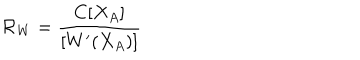
{ \cal R } _ { W } = \frac { C [ X _ { A } ] } { [ W ^ { \prime } ( X _ { A } ) ] }